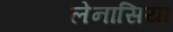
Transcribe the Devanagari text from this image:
लेनासिया